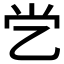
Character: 𰀶